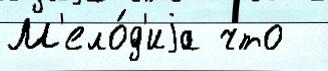
М'ело́д'иjа что